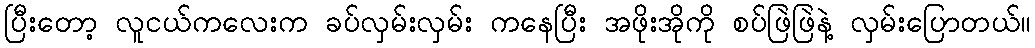
ပြီးတော့ လူငယ်ကလေးက ခပ်လှမ်းလှမ်း ကနေပြီး အဖိုးအိုကို စပ်ဖြဲဖြဲနဲ့ လှမ်းပြောတယ်။